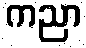
ကညာ